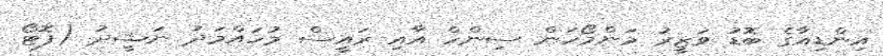
އިންޑިއާގެ ބޮޑު ވަޒީރު މަންމޯހަން ސިންހް އާއި ރައީސް މުހައްމަދު ނަޝީދު (ފޮޓޯ